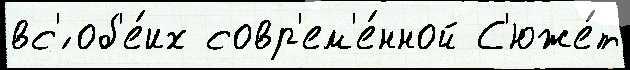
вс'́ об'е́их совр'ем'е́нной С'юже́т